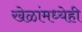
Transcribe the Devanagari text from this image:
खेळांमध्येही